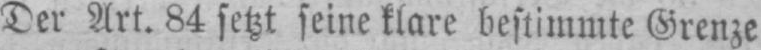
Der Art. 84 setzt seine klare bestimmte Grenze